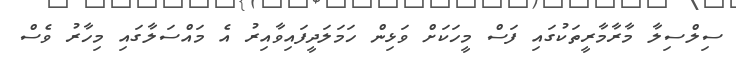
ސިލްސިލާ މާރާމާރީތަކުގައި ފަސް މީހަކަށް ވަޅިން ހަމަލަދީފައިވާއިރު އެ މައްސަލާގައި މިހާރު ވެސް